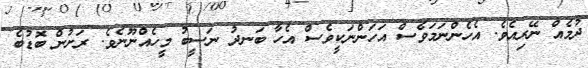
ދުމެއް ނޭރިއެވެ. އެހެންނަމަވެސް އަހަންނަކީވެސް އެހާ ބަނދު ނަސީބު މީހެއްނޫނެވެ. ރަށުން ބޮޑުބެ